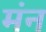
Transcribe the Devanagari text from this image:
मंन